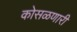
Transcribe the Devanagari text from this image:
कोसळणारी